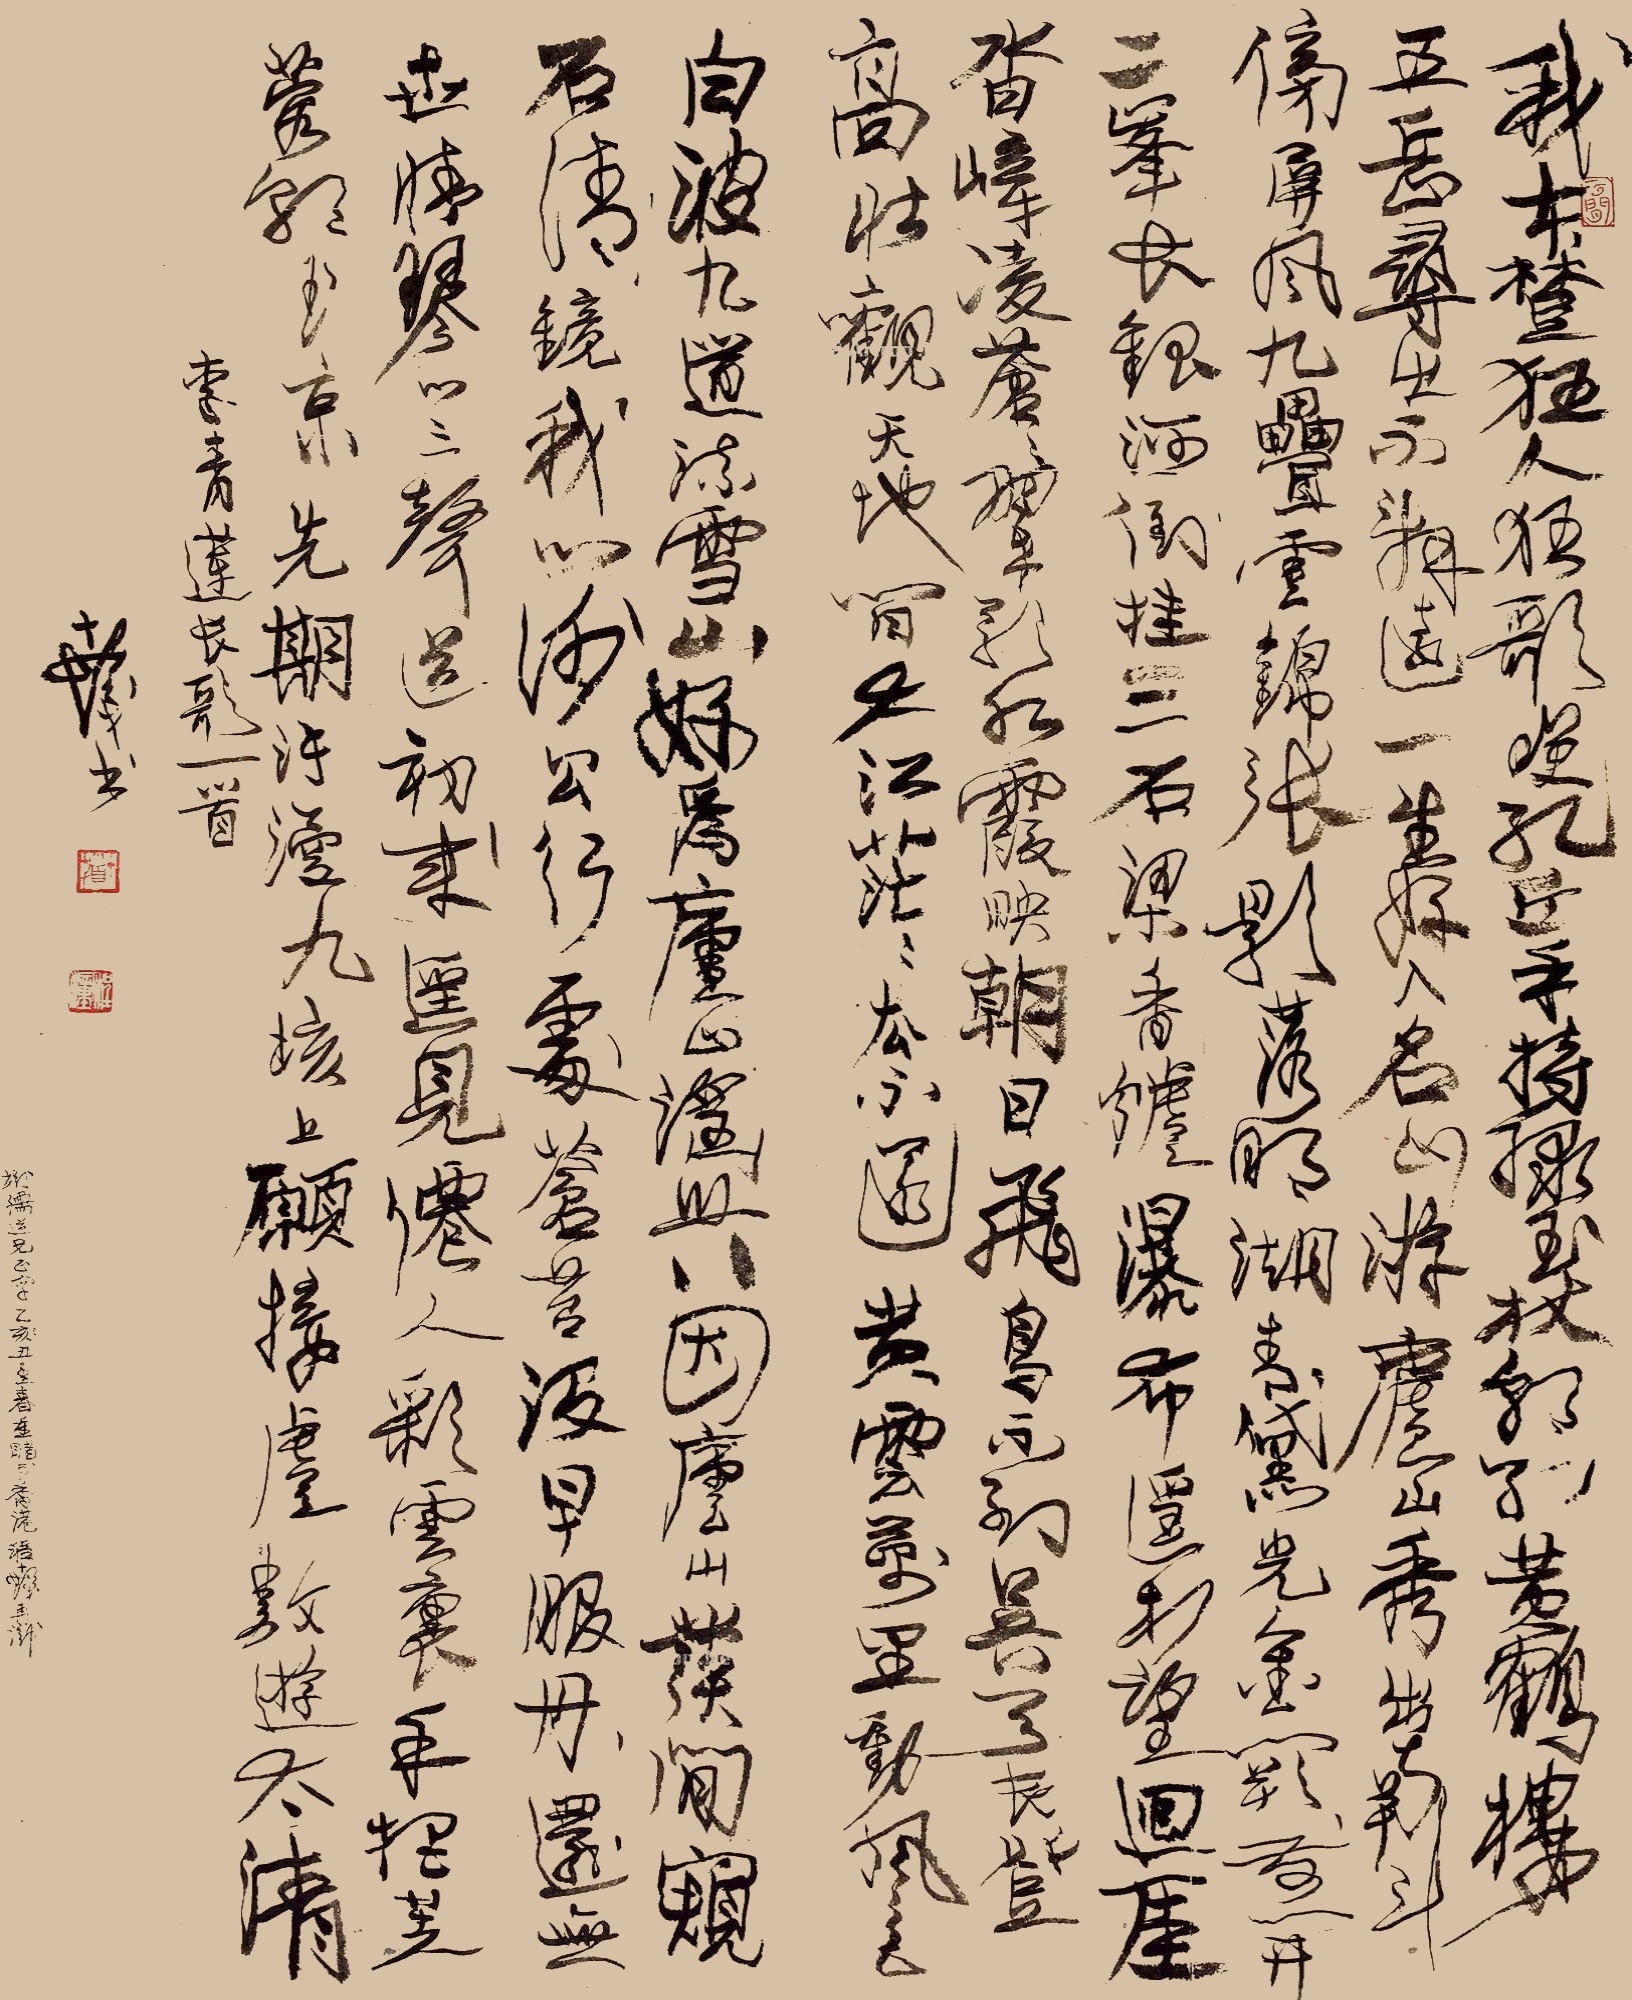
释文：我本楚狂人，狂歌笑孔丘。手持绿玉杖，朝别黄鹤楼。五岳寻出不辞远，一生好入名山游。庐山秀出南斗傍，屏风九叠云锦张。影落明湖青黛光，金阙前开二峰长，银河倒挂三石梁。香炉瀑布遥相望，回崖沓嶂凌苍苍。翠影红霞映朝日，飞鸟不到吴天长。登高壮观天地间，大江茫茫去不还。黄云万里动风色，白波九道流雪山。好为庐山谣，兴因庐山发。闲窥石清镜我心，谢公行处苍苔没。早服丹还无世情，琴心三声道初来。遥见仙人彩云里，手把芙蓉朝玉京。先期汗漫九垓上，愿接卢敖游太清。1.李青莲长歌一首。十发书。钤印：十发、程潼、云间2.树儒道兄正字，乙丑孟春重睹于香港，程十发再识。